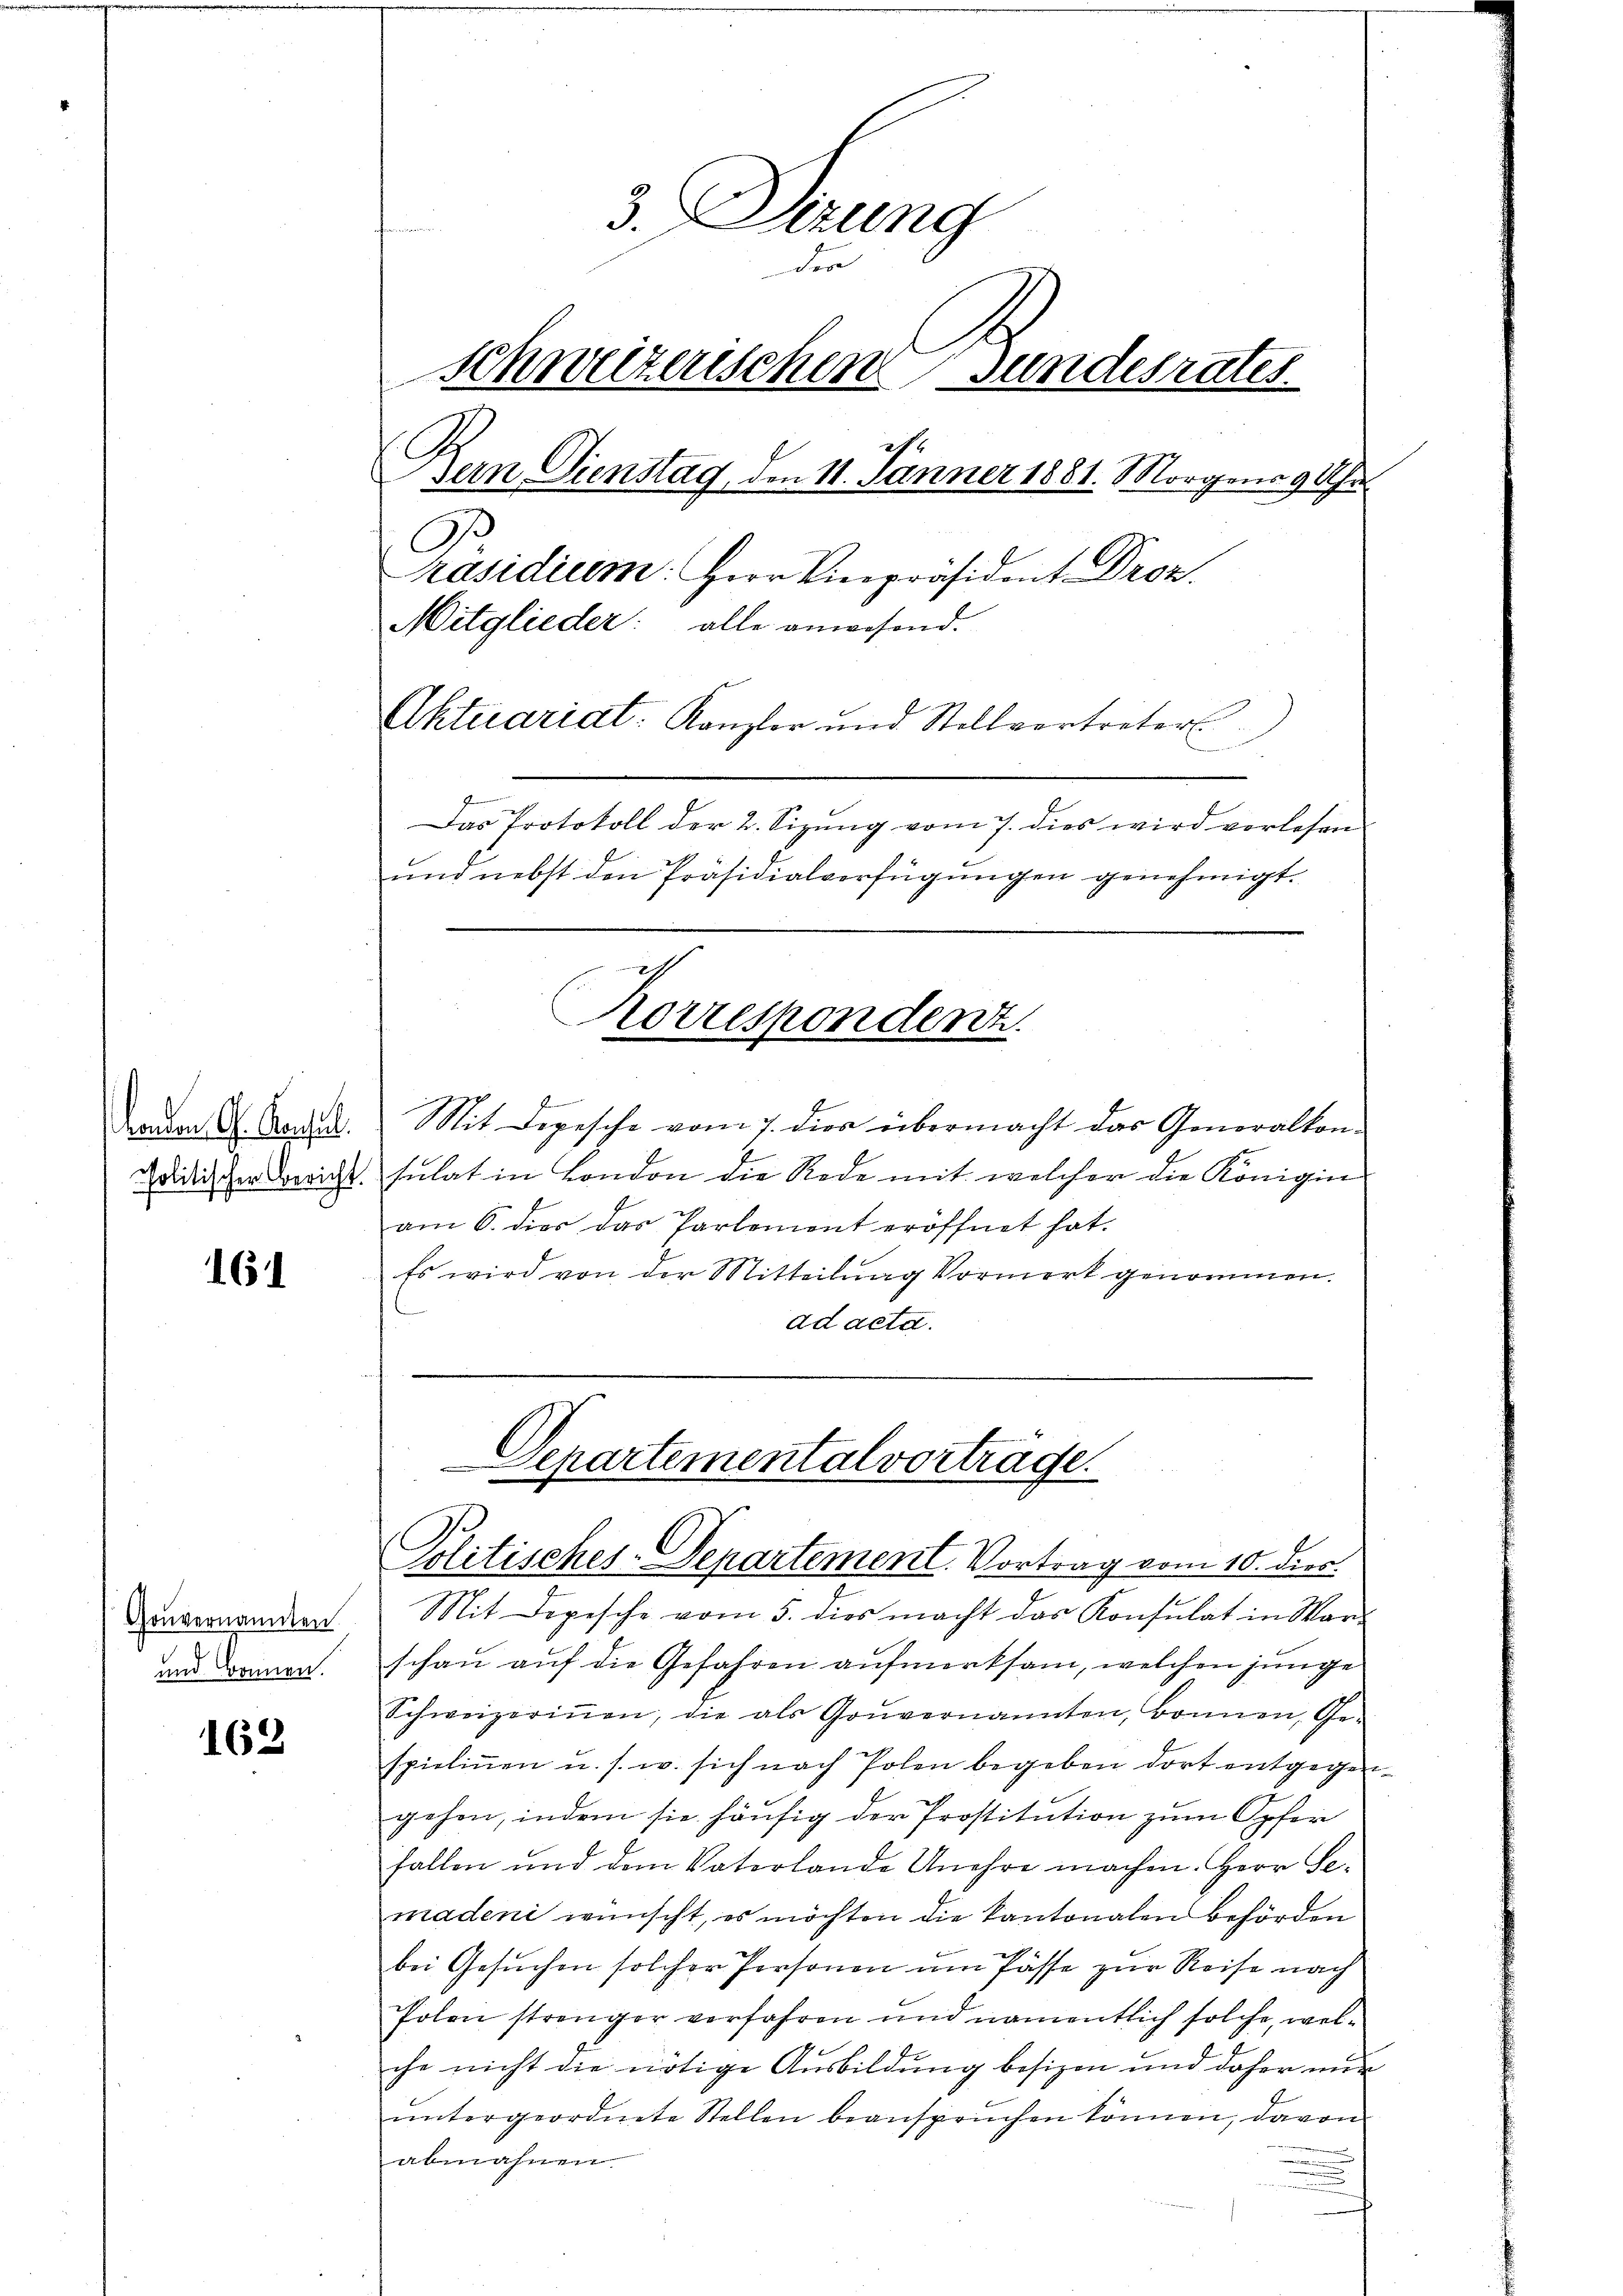
161

Gouvernannten
und Bonnen.

162

3. Verung
der
schweizerischen Gundesrates
Bern. Dienstag, den 11. Jänner 1881. Morgen 9 Uhr
O
Präsidium: Herr Vicepräsident Droz.
Mitglieder: alle anwesend.
Aktuariat. Kanzler und Stellvertreter
Das Protokoll der 2. Sizung vom 7. dies wird vorlesen
und nebst den Präsidialverfügungen genehmigt.
Korrespondenz.

f
aden G. Art. Mit Depesche vom 7. die übermacht das Generalton-
edischen Bericht sulat in London die Rede mit welcher die Königin
am 6. dies das Partement eröffnet hat.
Es wird von der Mitteilung Vormerk genommen.
ad acta.

Departemental vortrage.
Politisches-Departement. Vortrag vom 10. dies

Mit Depesche vom 5. dies macht das Konsulat in War-
schau auf die Gefahren aufmerksam, welchen junge
Schweizeriṅen, die als Gouvernannten, Bonnen, Ge-
spieliṅen u. s. w. sich nach Polen begeben dort entgegen
gehen, indem sie häufig der Prostitution zum Opfer
fallen und dem Vaterlande Unehre machen. Herr Semaden wünscht, es möchten die kantonalen behörden
bei Gesuchen solcher Personen um Pässe zur Reise nach
Polen strenger verfahren und namentlich solche, welche nicht die nötige Ausbildung besizen und daher nur
ŭntergeordnete Stellen beansprüchen können, davon
abmahnen